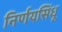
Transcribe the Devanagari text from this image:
निर्णयसिंधू